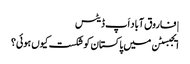
| فاروق آباد اَپ ڈیٹس
ایجبسٹن میں پاکستان کو شکست کیوں ہوئی؟